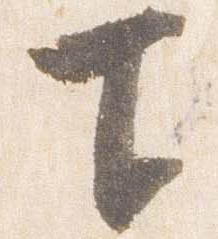
下